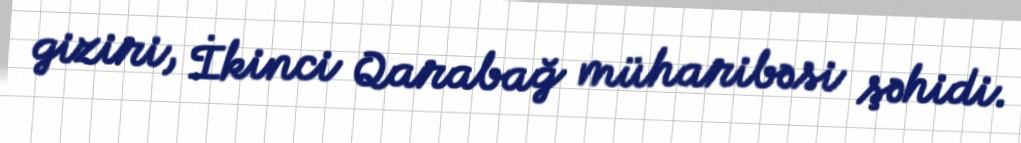
giziri, İkinci Qarabağ müharibəsi şəhidi.